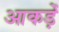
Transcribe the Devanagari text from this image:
आकड़ें